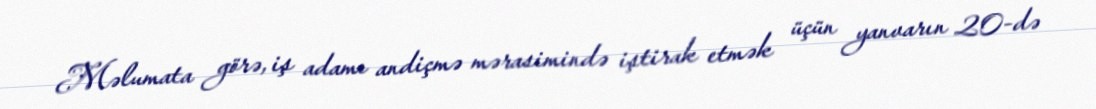
Məlumata görə, iş adamı andiçmə mərasimində iştirak etmək üçün yanvarın 20-də